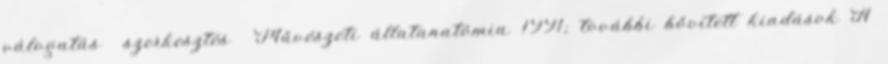
válogatás szerkesztés Művészeti állatanatómia 1991; további bővített kiadások A